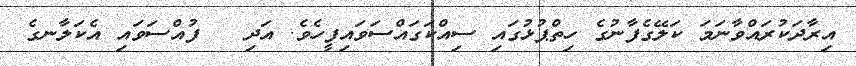
އިރާދަކުރައްވާނަމަ ކަލޭގެފާނުގެ ހިތްޕުޅުގައި ސިއްކަގައްސަވައިފީހެެވެ. އަދި   ފުއްސަވައި އެކަލާނގެ